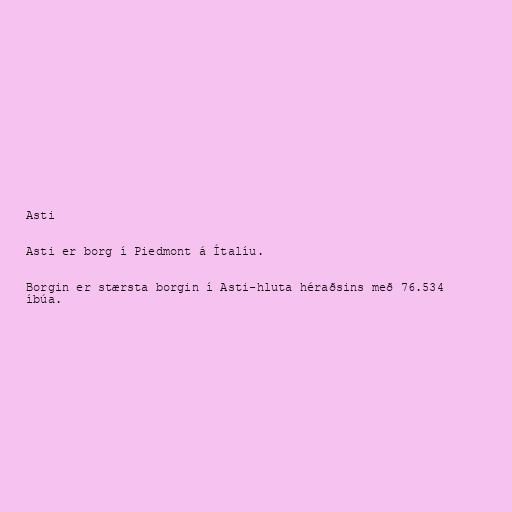
Asti

Asti er borg í Piedmont á Ítalíu.

Borgin er stærsta borgin í Asti-hluta héraðsins með 76.534
íbúa.